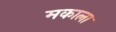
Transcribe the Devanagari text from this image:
मकाला